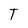
Character: T